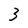
Character: 3